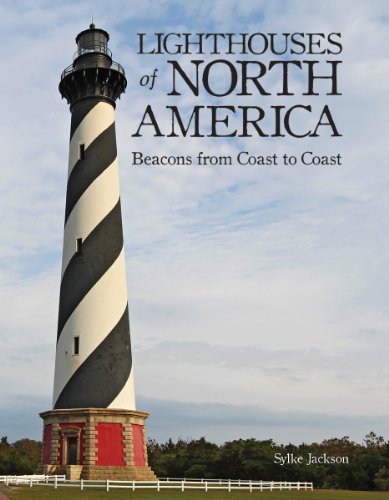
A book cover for Lighthouses of North America: Beacons from Coast to Coast; Sylke Jackson; Travel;